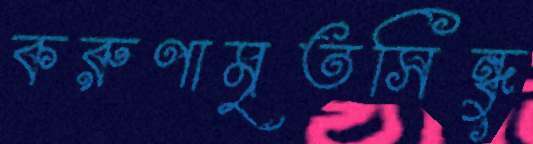
করুণামৃতসিন্ধু